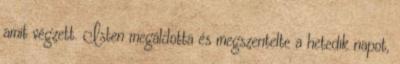
amit végzett. Isten megáldotta és megszentelte a hetedik napot,